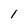
Character: 1